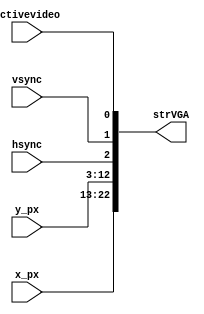
////////////////////////////////////////////////////////////////////////////////
// Company:     Ridotech
// Module Name: zipVGAStr.v
//
// Description: Zipper VGA stream.
//
// Dependencies: 
//
// Revisions: 
//     0.01 - File created.
//
// Additional Comments:
//
////////////////////////////////////////////////////////////////////////////////

 module zipVGAStr (
    input  wire         hsync,         // Horizontal sync out.
    input  wire         vsync,         // Vertical sync out.
    input  wire [9:0]   x_px,          // X screen position.
    input  wire [9:0]   y_px,          // Y screen position.
    input  wire         activevideo,   // Active video signal.
    output wire [22:0]  strVGA         // Output stream VGA.
);
    // Bit position alias.
    `define Active 0:0
    `define VS 1:1
    `define HS 2:2
    `define YC 12:3
    `define XC 22:13

    assign strVGA [`XC] = x_px;
    assign strVGA [`YC] = y_px;
    assign strVGA [`HS] = hsync;
    assign strVGA [`VS] = vsync;
    assign strVGA [`Active] = activevideo;

endmodule